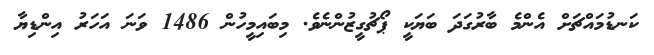
ކަނޑުމައްޗަށް އެންމެ ބާރުގަދަ ބަޔަކީ ޕޯޗުގީޒުންނެވެ. މިބައިމީހުން 1486 ވަނަ އަހަރު އިންޑިޔާ